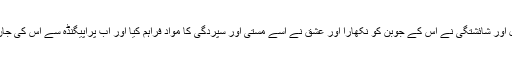
مذہب کے دامن میں اس نے ابتدائی نشوونما پائی عقل اور شائشتگی نے اس کے جوبن کو نکھارا اور عشق نے اسے مستی اور سپردگی کا مواد فراہم کیا اور اب پراپیگنڈہ سے اس کی جان پر بن آئی ہے جس سے اس کو بچانا ضروری ہے۔